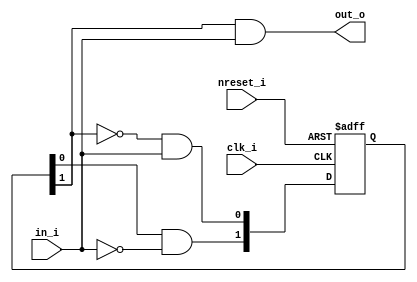
`timescale 1ns/1ns

module MealySeqDetector(
    input in_i,
    input clk_i,
    input nreset_i,
    output out_o
    );

    reg [1:0] cur_state;
    wire [1:0] next_state;

    // Next state comb. logic 
    assign next_state = {cur_state[0] & ~in_i, (~cur_state[1]) & in_i};
    
    // state register
    always @(posedge clk_i or negedge nreset_i) /* #2 */ begin
        if (~nreset_i) begin
            cur_state <= 2'b00;
        end
        else begin
            cur_state <= next_state;
        end
    end

    // output comb. logic
    assign out_o = cur_state[1] & in_i;

endmodule